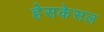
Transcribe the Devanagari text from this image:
हेसकेसल